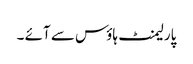
پارلیمنٹ ہاؤس سے آئے ۔